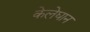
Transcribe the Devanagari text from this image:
केलेघान